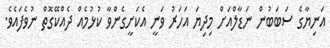
އަނިޔާގެ ސަބަބުން ނަޑާލްއަށް މިދިޔަ އަހަރު ވަނީ އެކަށީގެންވާ ކުޅުމެއް ދެއްކޭގޮތް ނުވެފައެވެ.